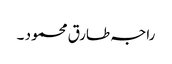
راجہ طارق محمود ۔